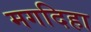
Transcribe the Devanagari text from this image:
मगदिहा